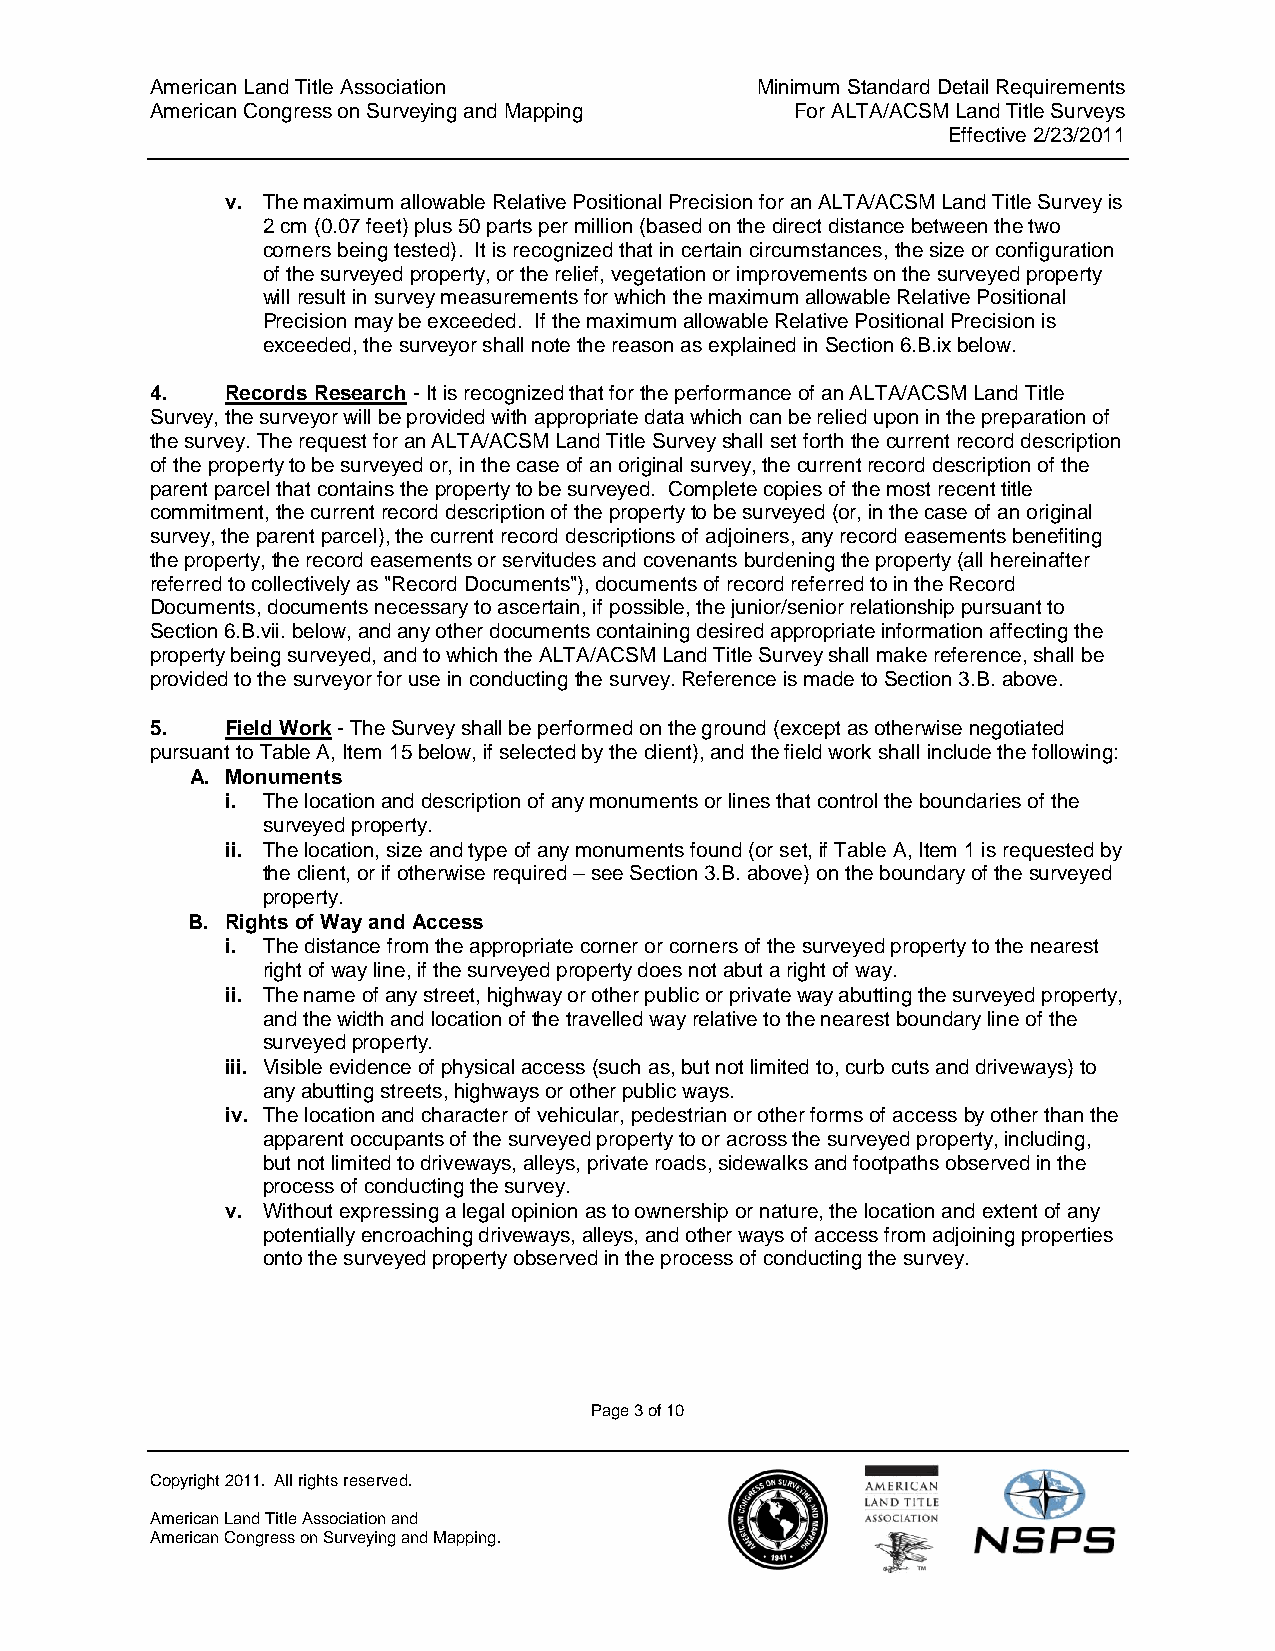
American Land Title Association         Minimum Standard Detail Requirements
 American Congress on Surveying and Mapping For ALTA/ACSM Land Title Surveys
 Effective 2/23/2011
 v. The maximum allowable Relative Positional Precision for an ALTA/ACSM Land Title Survey is
 2 cm (0.07 feet) plus 50 parts per million (based on the direct distance between the two
 corners being tested). It is recognized that in certain circumstances, the size or configuration
 of the surveyed property, or the relief, vegetation or improvements on the surveyed property
 will result in survey measurements for which the maximum allowable Relative Positional
 Precision may be exceeded. If the maximum allowable Relative Positional Precision is
 exceeded, the surveyor shall note the reason as explained in Section 6.B.ix below.
 4.   Records Research - It is recognized that for the performance of an ALTA/ACSM Land Title
 Survey, the surveyor will be provided with appropriate data which can be relied upon in the preparation of
 the survey. The request for an ALTA/ACSM Land Title Survey shall set forth the current record description
 of the property to be surveyed or, in the case of an original survey, the current record description of the
 parent parcel that contains the property to be surveyed. Complete copies of the most recent title
 commitment, the current record description of the property to be surveyed (or, in the case of an original
 survey, the parent parcel), the current record descriptions of adjoiners, any record easements benefiting
 the property, the record easements or servitudes and covenants burdening the property (all hereinafter
 referred to collectively as "Record Documents"), documents of record referred to in the Record
 Documents, documents necessary to ascertain, if possible, the junior/senior relationship pursuant to
 Section 6.B.vii. below, and any other documents containing desired appropriate information affecting the
 property being surveyed, and to which the ALTA/ACSM Land Title Survey shall make reference, shall be
 provided to the surveyor for use in conducting the survey. Reference is made to Section 3.B. above.
 5.   Field Work - The Survey shall be performed on the ground (except as otherwise negotiated
 pursuant to Table A, Item 15 below, if selected by the client), and the field work shall include the following:
 A. Monuments
 i. The location and description of any monuments or lines that control the boundaries of the
 surveyed property.
 ii. The location, size and type of any monuments found (or set, if Table A, Item 1 is requested by
 the client, or if otherwise required – see Section 3.B. above) on the boundary of the surveyed
 property.
 B. Rights of Way and Access
 i. The distance from the appropriate corner or corners of the surveyed property to the nearest
 right of way line, if the surveyed property does not abut a right of way.
 ii. The name of any street, highway or other public or private way abutting the surveyed property,
 and the width and location of the travelled way relative to the nearest boundary line of the
 surveyed property.
 iii. Visible evidence of physical access (such as, but not limited to, curb cuts and driveways) to
 any abutting streets, highways or other public ways.
 iv. The location and character of vehicular, pedestrian or other forms of access by other than the
 apparent occupants of the surveyed property to or across the surveyed property, including,
 but not limited to driveways, alleys, private roads, sidewalks and footpaths observed in the
 process of conducting the survey.
 v. Without expressing a legal opinion as to ownership or nature, the location and extent of any
 potentially encroaching driveways, alleys, and other ways of access from adjoining properties
 onto the surveyed property observed in the process of conducting the survey.
 Page 3 of 10
 Copyright 2011. All rights reserved.
 American Land Title Association and
 American Congress on Surveying and Mapping.